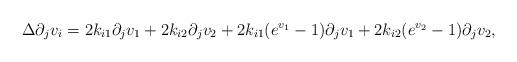
LaTeX: \begin{align*}\Delta \partial_j v_i=2k_{i1}\partial_jv_1+2k_{i2}\partial_jv_2+2k_{i1}(e^{v_1}-1)\partial_jv_1+2k_{i2}(e^{v_2}-1)\partial_jv_2,\end{align*}